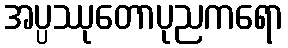
အပ္ပဿုတောပုညကရော